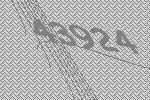
43924